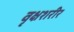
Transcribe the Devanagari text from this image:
वृक्षशरीर